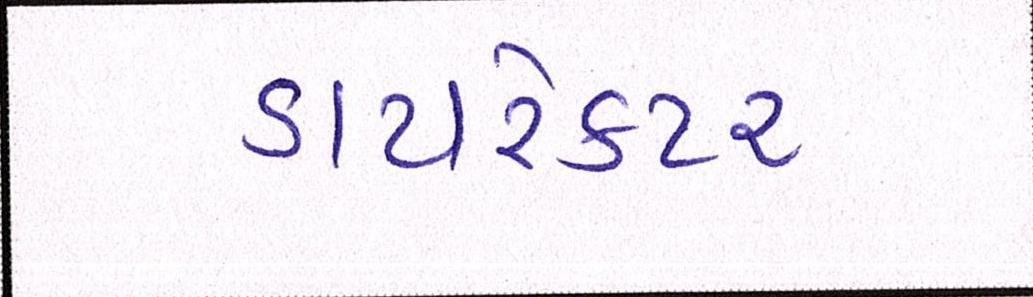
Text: ડાયરેકટર